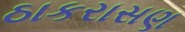
ઠાકરાસણ